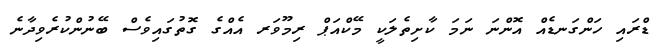
ޑްރައި ހަންގަނޑެއް އޮންނަ ނަމަ ކާށިތެލަކީ މޭކްއަޕް ރިމޫވަރ އެއްގެ ގޮތުގައިވެސް ބޭނުންކުރެވިދާނެ